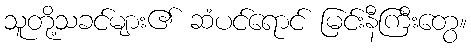
သူတို့သခင်များ၏ ဆံပင်ရောင် မြင်းနီကြီးတွေ။